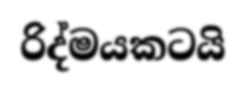
රිද්මයකටයි